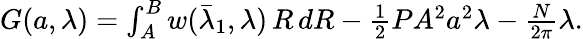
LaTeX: \begin{array}{r}{G({a},\lambda)=\int_{A}^{B}w(\bar{\lambda}_{1},\lambda)\, R\, dR-\frac{1}{2}PA^{2}{a}^{2}\lambda-\frac{N}{2\pi}\lambda.}\end{array}